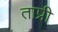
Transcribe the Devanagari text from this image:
ताप्री